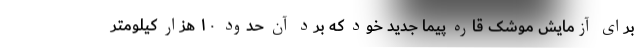
برای آزمایش موشک قاره پیما جدید خود که برد آن حدود ۱۰ هزار کیلومتر